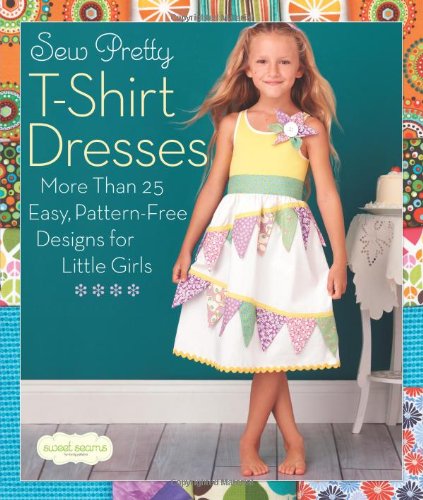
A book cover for Sew Pretty T-Shirt Dresses: More Than 25 Easy, Pattern-Free Designs for Little Girls (Sweet Seams); Sweet Seams; Crafts, Hobbies & Home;